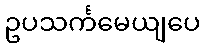
ဥပသင်္ကမေယျပေ